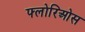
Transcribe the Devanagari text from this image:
फ्लोरिओस